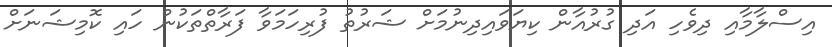
އިސްލާމާއި ދިވެހި އަދި ގުރުއާން ކިޔަވައިދިނުމަށް ޝަރުތު ފުރިހަމަވާ ފަރާތްތަކުން ހައި ކޮމިޝަނަށް